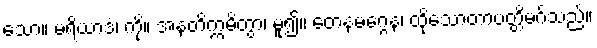
သော။ မရိယာဒံ၊ ကို။ အနတိက္ကမိတွာ၊ မူ၍။ တေနမဂ္ဂေန၊ ထိုသောတာပတ္တိမဂ်သည်။